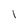
Character: 1